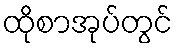
ထိုစာအုပ်တွင်